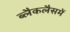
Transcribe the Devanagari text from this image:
ब्लैकलैसमें